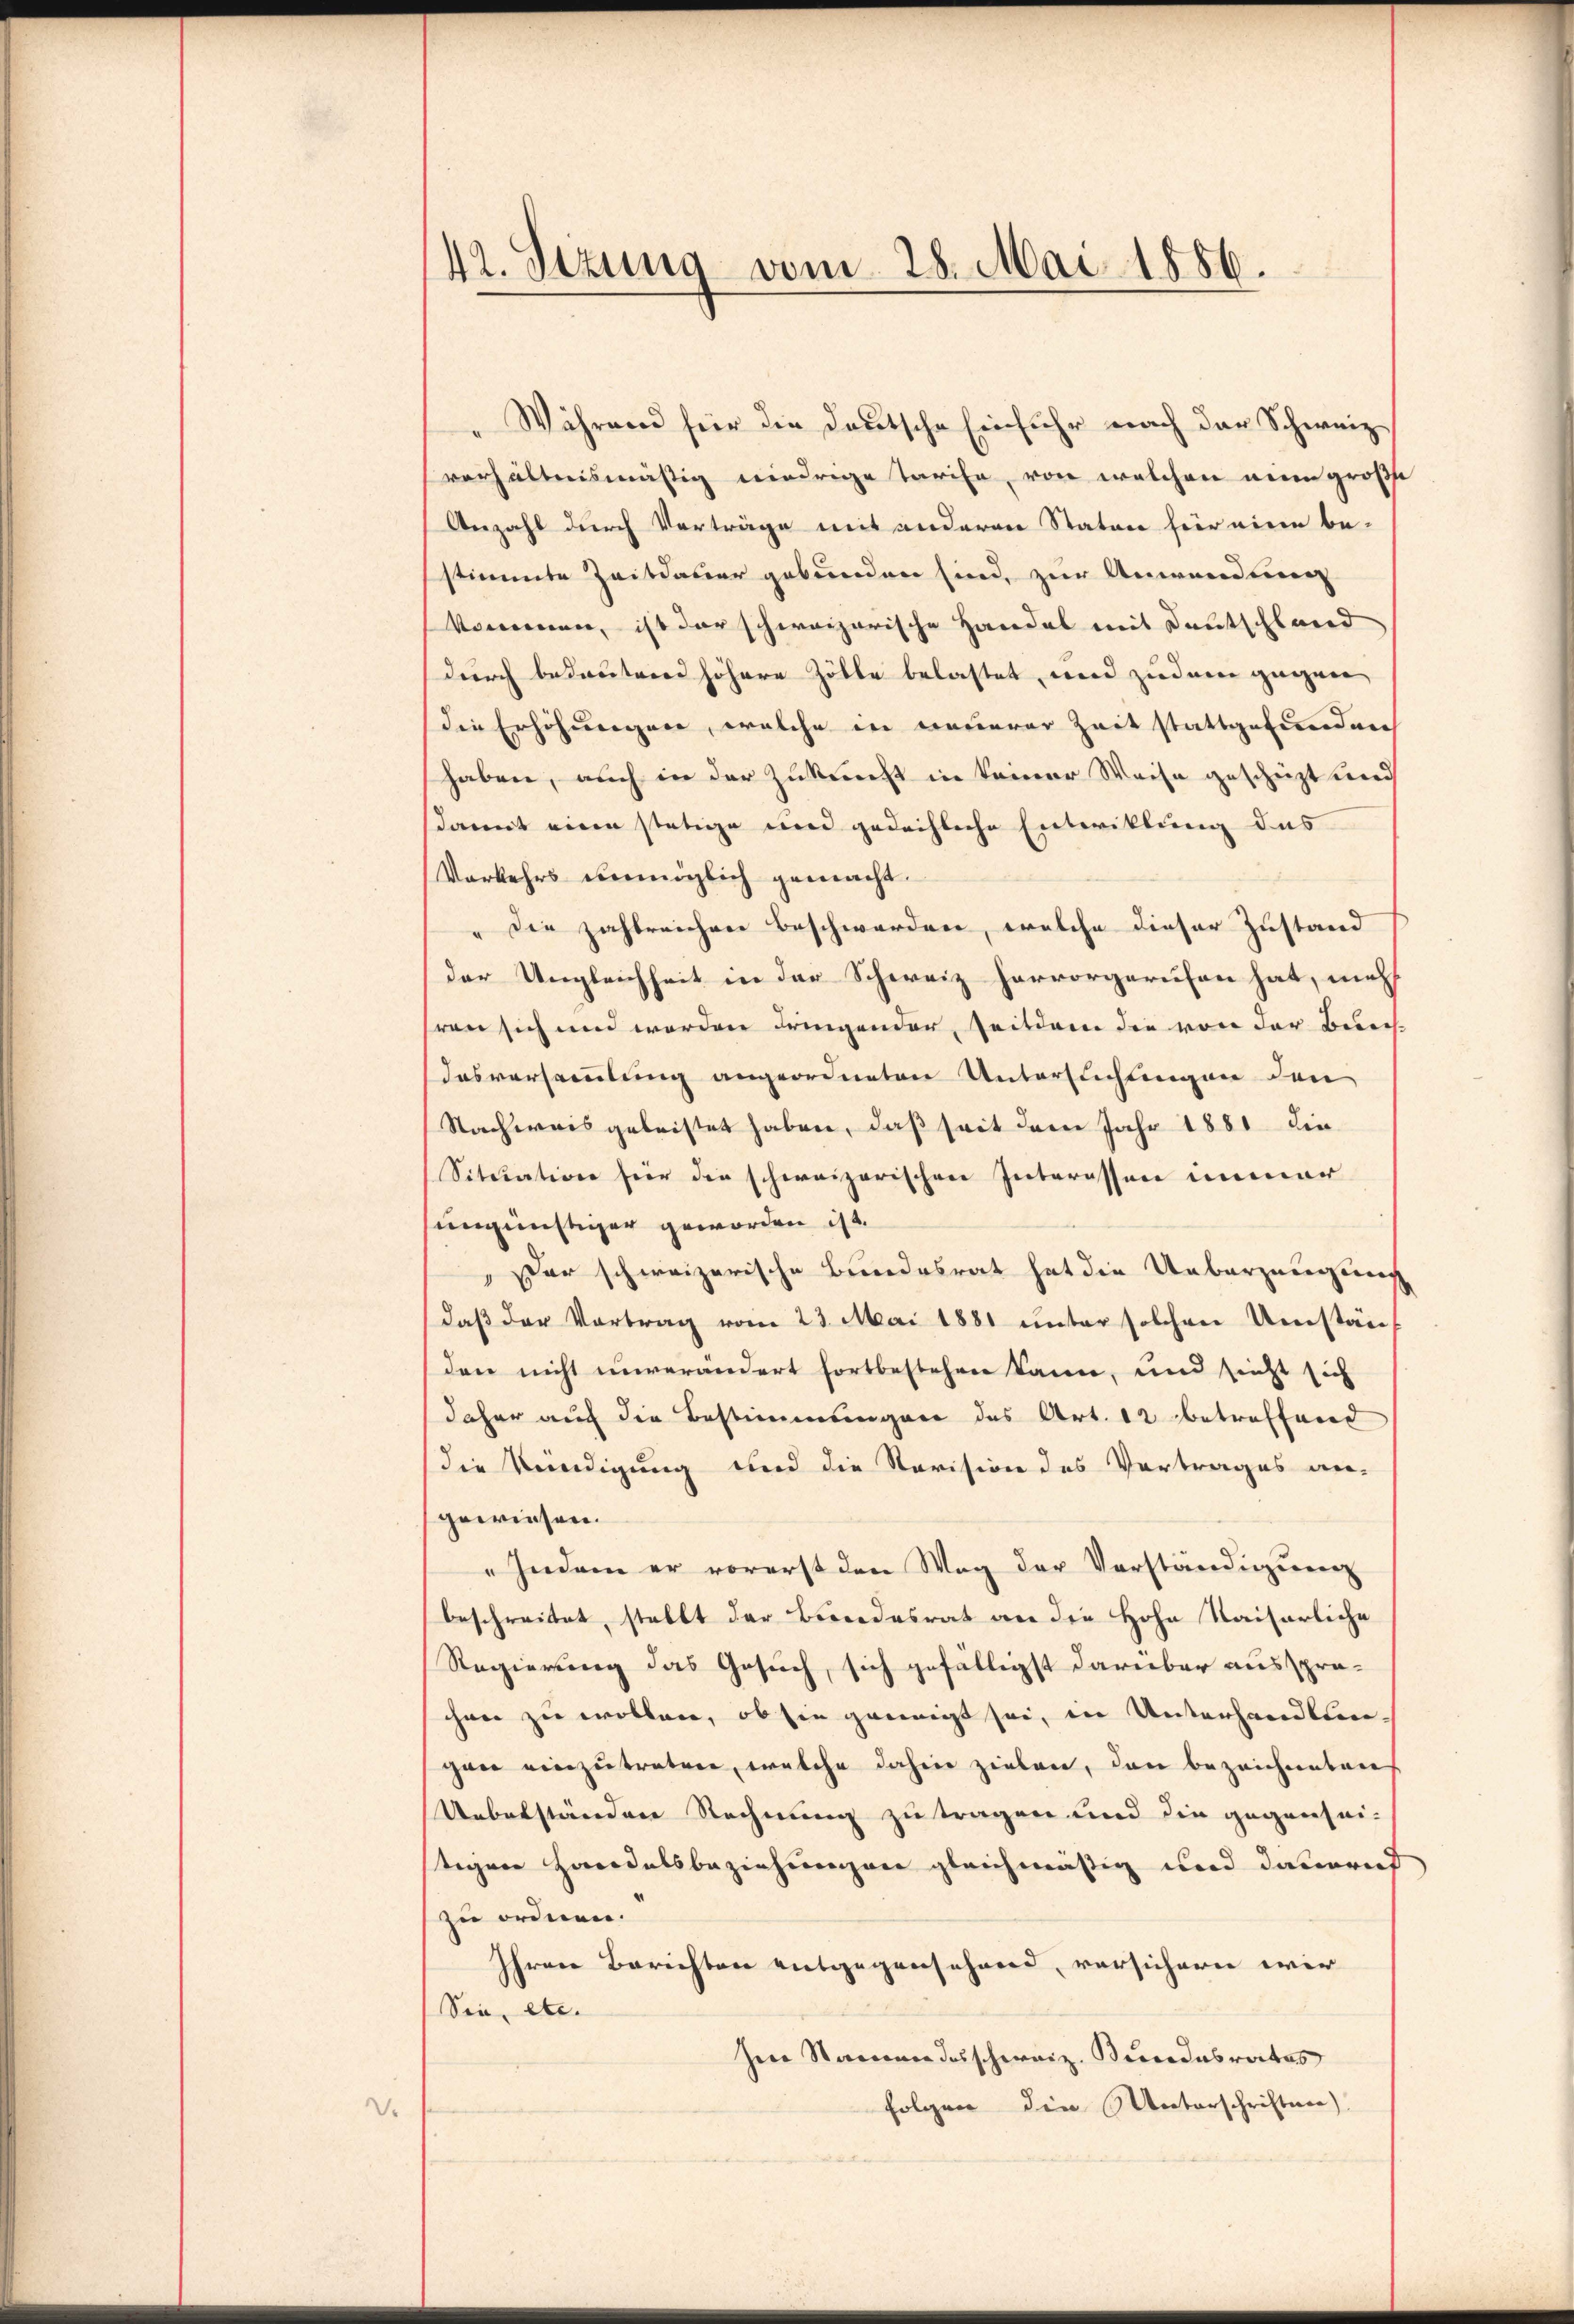
Während für die Deutsche Einfuhr nach der Schweiz
verhältnismäßig niedrige Tarife, von welchen nein große
Anzahl durch Verträge mit anderen Staten für eine be-
stimmte Zeitdauer gebunden sind, zur Anwendung
kommen, ist der schweizerische Handel mit Deutschland
durch bedeutend höhere Zölle belastet wird zudem gegen
die Erhöhungen, welche in neuerer Zeit stattgefundurch
haben, auch in der Zukunft in keiner Weise geschüzt wied
damit einen stätige und gedeihliche Entwicklung das
Vorkehrs unmöglich gemacht.
Die zahlreichen Beschwerden, welche dieser Zustand
der Ungleichheit in der Schweiz hervorgerufen hat, mehr
ren sich und werden dringender, Zeitdem die von der Bei-
dasversammlung angeordneten Untersichtungen den
Nachweis geleistet haben, daß seit dem Jahr 1881 die
Situation für die schweizerischen Interessen immer
ungünstiger geworden ist.
Dar schweizerische Bundesrat hat die Ueberzeugung
daβ der Vortrag vom 23. Mai 1881 unter solchen Umstän
den nicht unverändert fortbestehen kann, und sieht sich
daher auch die Bestimmungen das Art. 12 betreffend
die Kündigung und die Revision des Vertrages an-
gewiesen.
"Indem er vorerst den Weg der Vorständigŭng
beschreitet, stellt der Bindesrat an die Hohe Kaiserliche
Regierung das Gesuch, sich gefälligst darüber aussprachen zu wollen, ob sie geneigt sei, in Unterhandlun-
gan einzutretene, welche dahin zielen, den bezeichneten
Uebelständen Rechnung zu tragen und die gegenhei-
tegner Haridalsbeziehungen gleichmäßig wird dauernd
zu ordnen.
Ihren Berichten entgegensehend, versichern wir
Sie, etc.
Im Namen desschweiz. Bundesrates
folgen die Unterschriften)
V.

42. Sizung vom 28. Mai 1886.